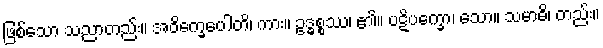
ဖြစ်သော သညာတည်း။ အဝိက္ခေပေါတိ၊ ကား။ ဥဒ္ဓစ္စဿ၊ ၏။ ပဋိပက္ခော၊ သော။ သမာဓိ၊ တည်း။